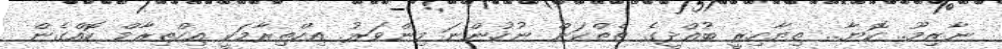
ނާޒިމޫ.. ކޮޔާ.. ތިޔާހިރީ ބުއްދީގެ ތެތްކަން ނުހުންނަ މިންވަރު. އިހްތިރާމަކީ އިހްތިރާމް ކޮއްގެން